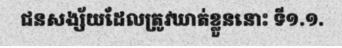
ជនសង្ស័យដែលត្រូវឃាត់ខ្លួននោះ ទី១.១.